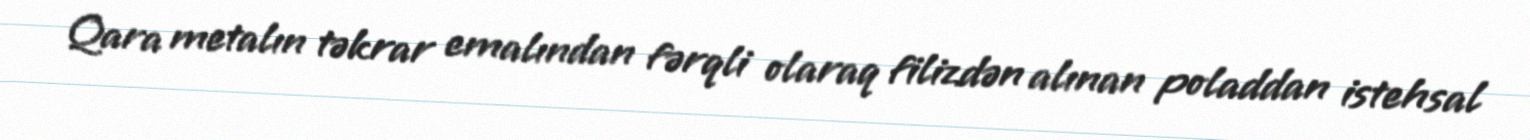
Qara metalın təkrar emalından fərqli olaraq filizdən alınan poladdan istehsal